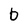
Character: 0